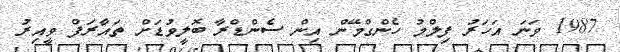
1987 ވަނަ އަހަރު ފިލްމު ހެންގްމޭން އިން ސެންޑްރާ ބޮލީވުޑަށް ތައާރަފް ވީއިރު